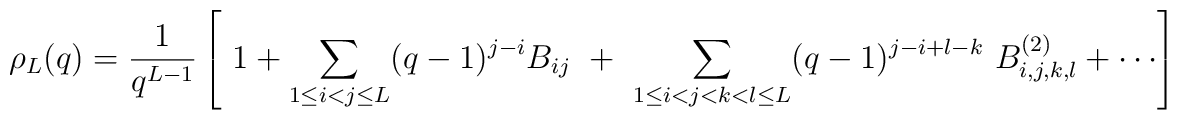
\rho_L (q)=\frac{1}{q^{L-1}} \left[\  1 + \sum_{1\leq i<j\leq L} (q-1)^{j-i}B_{ij}\ + \ \sum_{1\leq i<j<k<l \leq L} (q-1)^{j-i +l-k} \ B^{(2)}_{i,j,k,l} + \cdots\right]\\